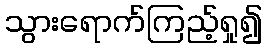
သွားရောက်ကြည့်ရှု၍